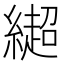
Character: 𰫳